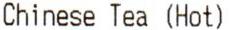
CHINESE TEA (HOT)